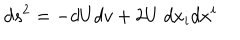
LaTeX: d s ^ { 2 } = - d U d v + 2 U \ d x _ { i } d x ^ { i }